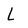
Character: L